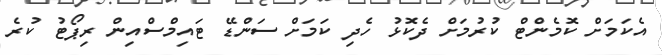
އެކަމަށް ކޮމެންޓް ކުރުމަށް ދެކޮޅު ހެދި ކަމަށް ސަންޑޭ ޓައިމްސްއިން ރިޕޯޓު ކުރެ